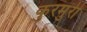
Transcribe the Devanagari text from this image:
कुरमुरी